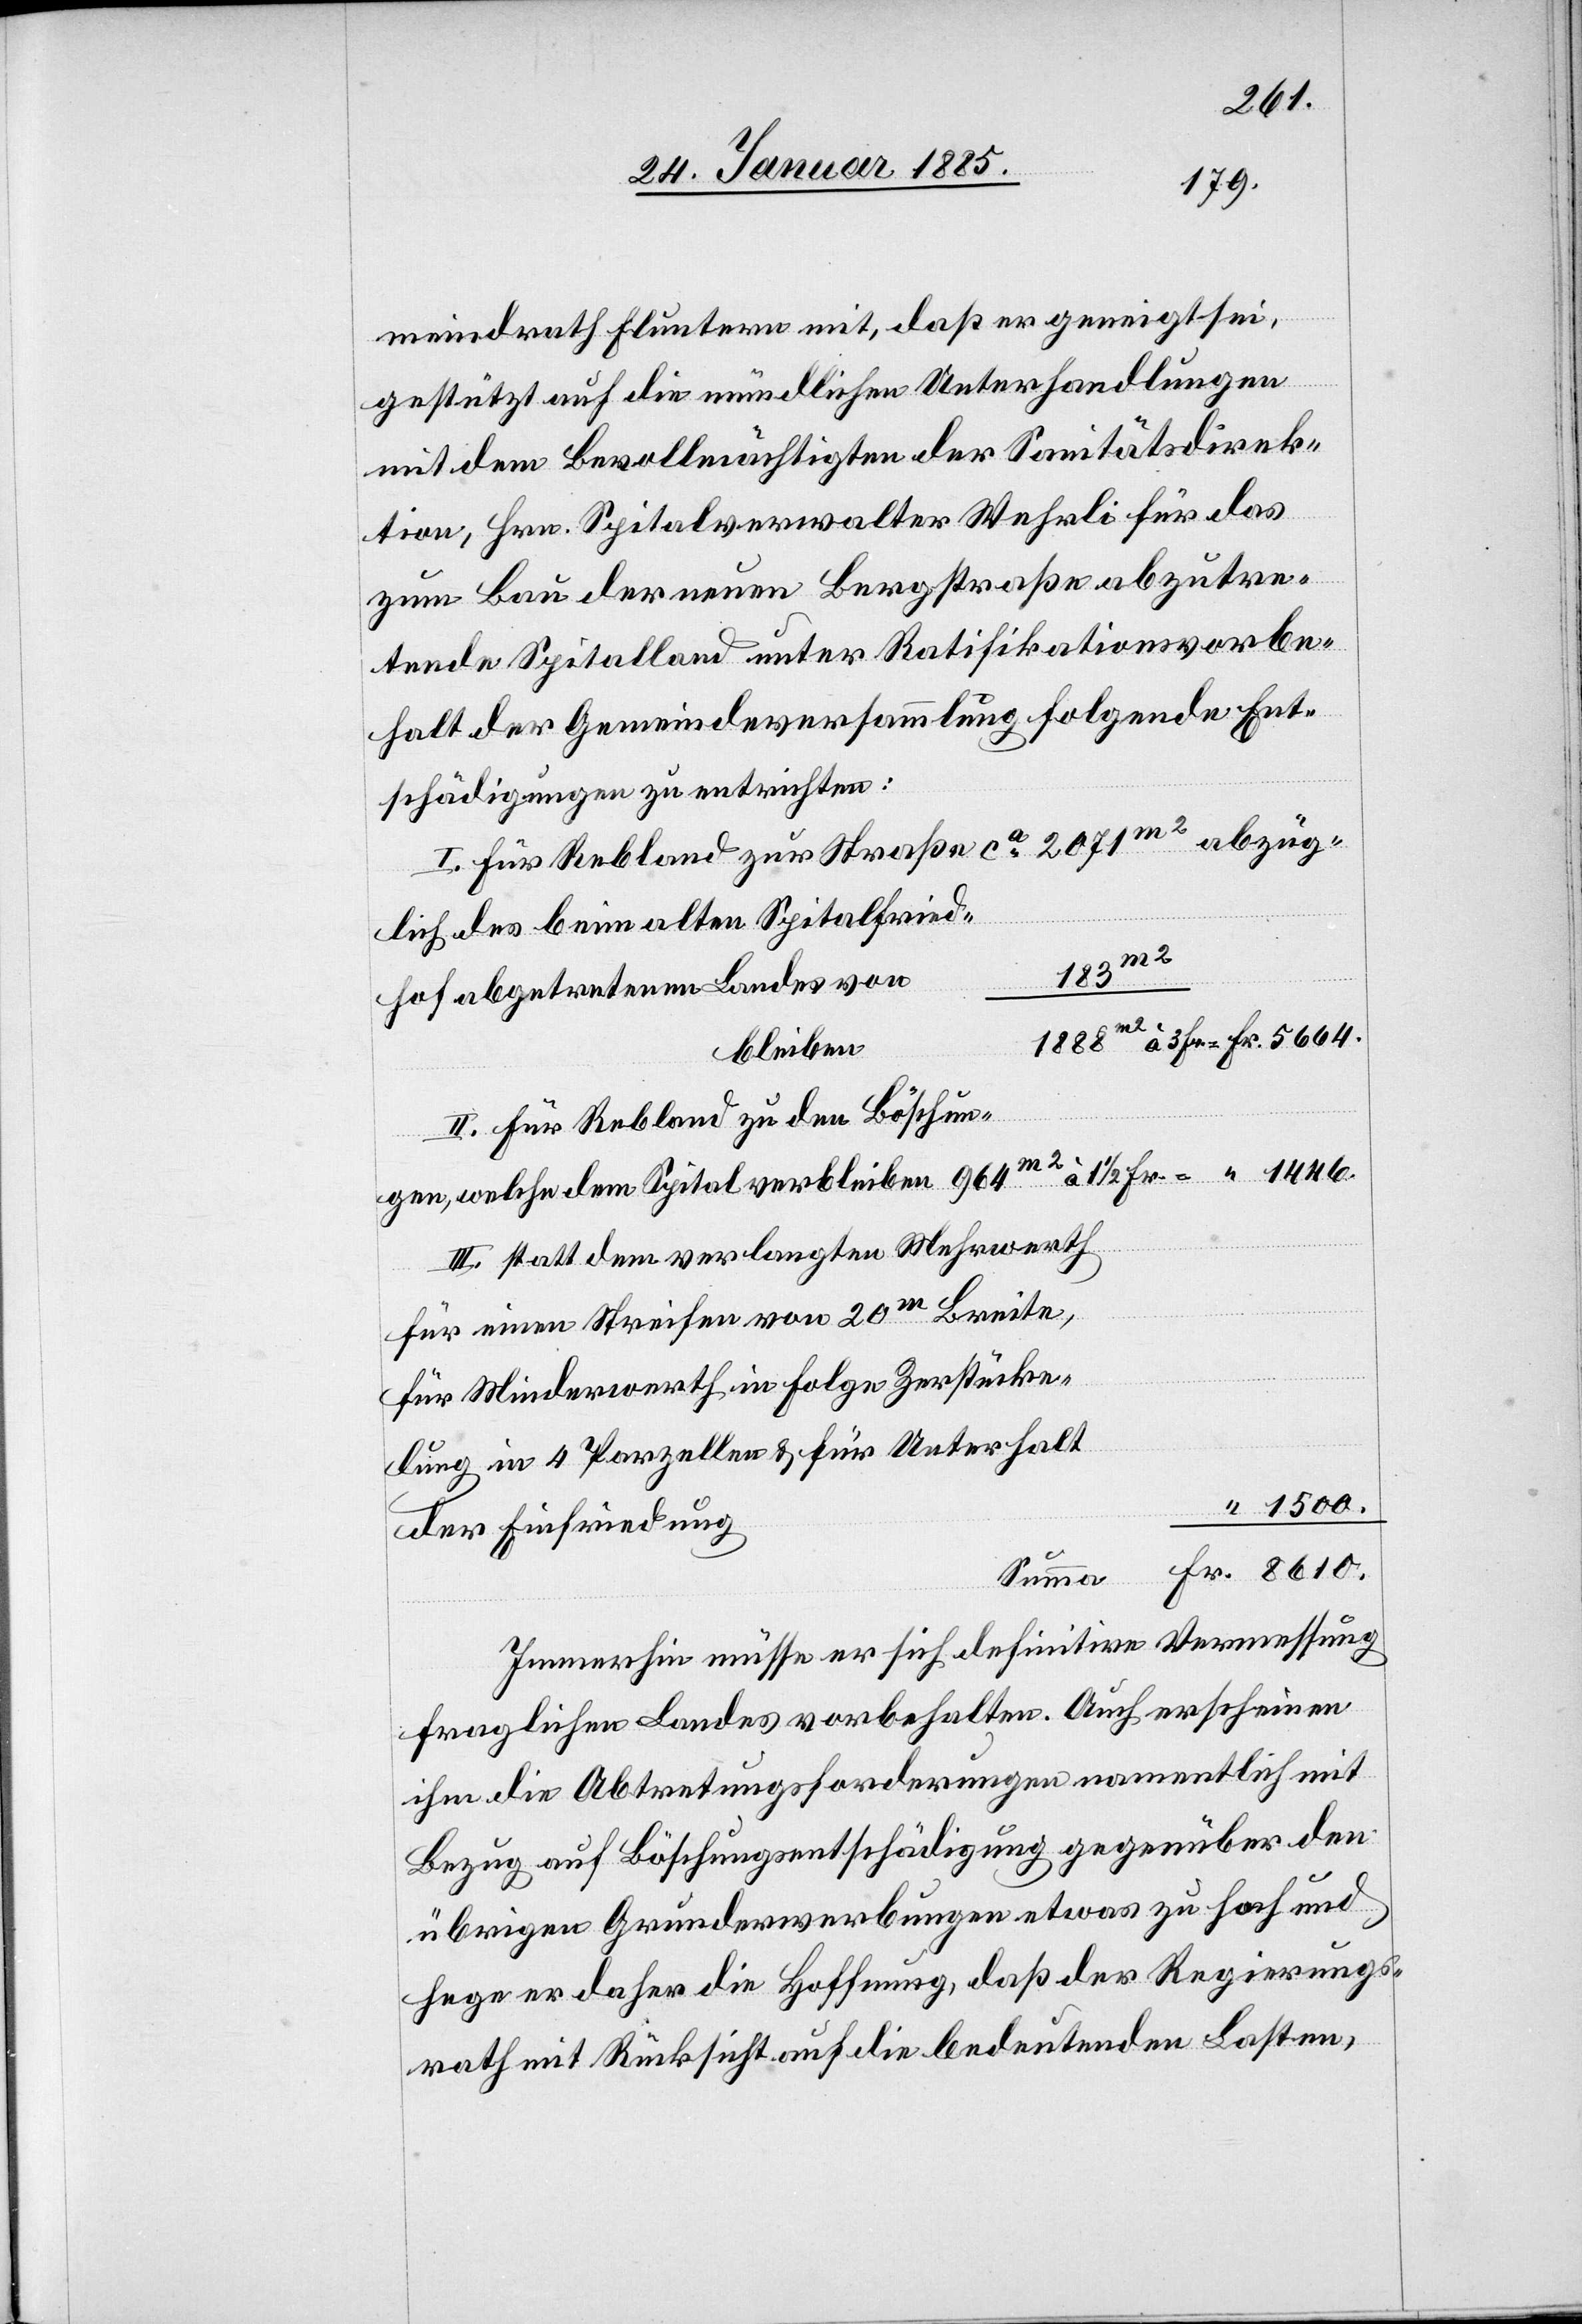
8610.
meindrath Fluntern mit, daß er geneigt sei,
Fr.
gestützt auf die mündlichen Unterhandlungen
mit dem Bevollmächtigten der Sanitätsdirek¬
tion, Hrn. Spitalverwalter Wehrli für das
zum Bau der neuen Bergstraße abzutre¬
tende Spitalland unter Ratifikationsvorbe¬
halt der Gemeindeversammlung folgende Ent¬
schädigung zu entrichten:
I. Für Rebland zur Straße ca 2071 m2 abzüg¬
lich des beim alten Spitalfried¬
3 Fr.
hof abgetretene Landes von
bleiben
II. Für Rebland zu den Böschun¬
gen, welche dem Spital verbleiben 964 m2 à 1 1/2
III. statt dem verlangten Mehrwerth
für einen Streifen vom 20m Breite,
für Minderwerth in Folge Zerstücke¬
lung in 4 Parzellen & für Unterhalt
1500.
der Einfriedung
Summa
Immerhin müsse er sich definitive Vermessung
fraglichen Landes vorbehalten. Auch erscheinen
ihm die Abtretungsforderungen namentlich mit
Bezug auf Böschungsentschädigung gegenüber den
übrigen Grunderwerbungen etwas zu hoch und
hege er daher die Hoffnung, daß der Regierungs¬
rath mit Rücksicht auf die bedeutenden Lasten,